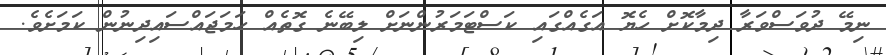
ނިމޭ ދުވަސްވަރާ ދިމާކޮށް ހެޔޮ އަގެއްގައި ކަސްޓަމަރުންނަށް ލިބޭނެ ގޮތެއް ހަމަޖައްސައިދިނުން ކަމަށެވެ.